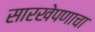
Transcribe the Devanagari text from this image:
सारखेपणाचा